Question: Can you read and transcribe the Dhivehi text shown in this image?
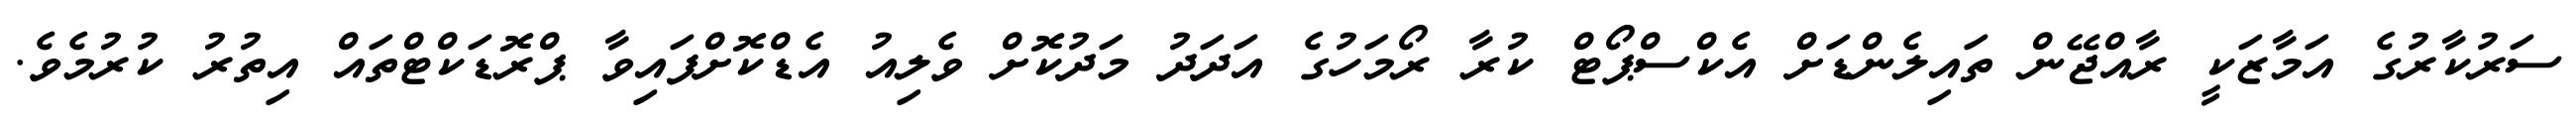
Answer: ސަރުކާރުގެ އަމާޒަކީ ރާއްޖޭން ތައިލެންޑަށް އެކްސްޕޯޓް ކުރާ ރޯމަހުގެ އަދަދު މަދުކޮށް ވެލިއު އެޑްކޮށްފައިވާ ޕްރޮޑަކްޓްތައް އިތުރު ކުރުމެވެ.